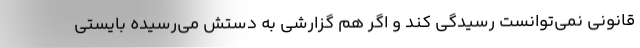
قانونی نمی‌توانست رسیدگی کند و اگر هم گزارشی به دستش می‌رسیده بایستی